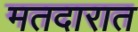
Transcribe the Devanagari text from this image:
मतदारात